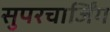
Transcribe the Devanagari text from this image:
सुपरचार्जिंग